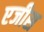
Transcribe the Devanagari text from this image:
एजीस